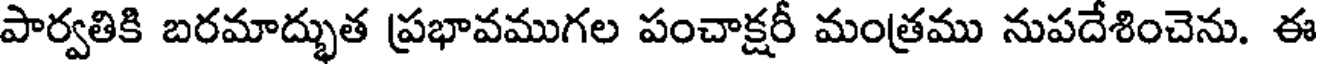
పార్వతికి బరమాద్భుత ప్రభావముగల పంచాక్షరీ మంత్రము నుపదేశించెను. ఈ